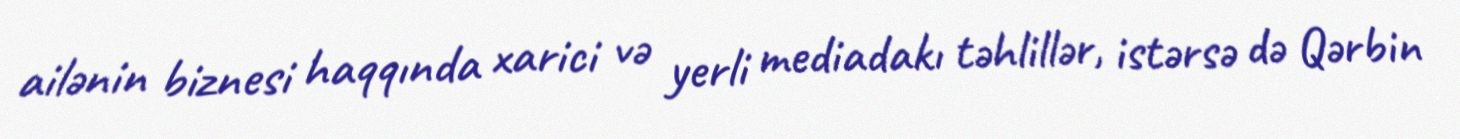
ailənin biznesi haqqında xarici və yerli mediadakı təhlillər, istərsə də Qərbin